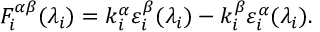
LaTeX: F _ { i } ^ { \alpha \beta } ( \lambda _ { i } ) = k _ { i } ^ { \alpha } \varepsilon _ { i } ^ { \beta } ( \lambda _ { i } ) - k _ { i } ^ { \beta } \varepsilon _ { i } ^ { \alpha } ( \lambda _ { i } ) .